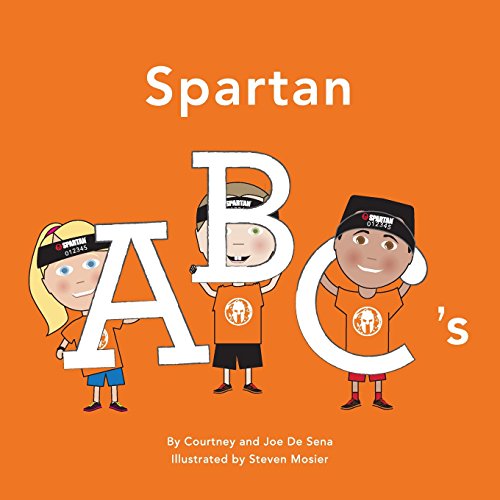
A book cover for Spartan ABC's; Courtney De Sena; Health, Fitness & Dieting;